Statistical return of the lunatic asylum in Assam - 1912-1932
Year: 1912
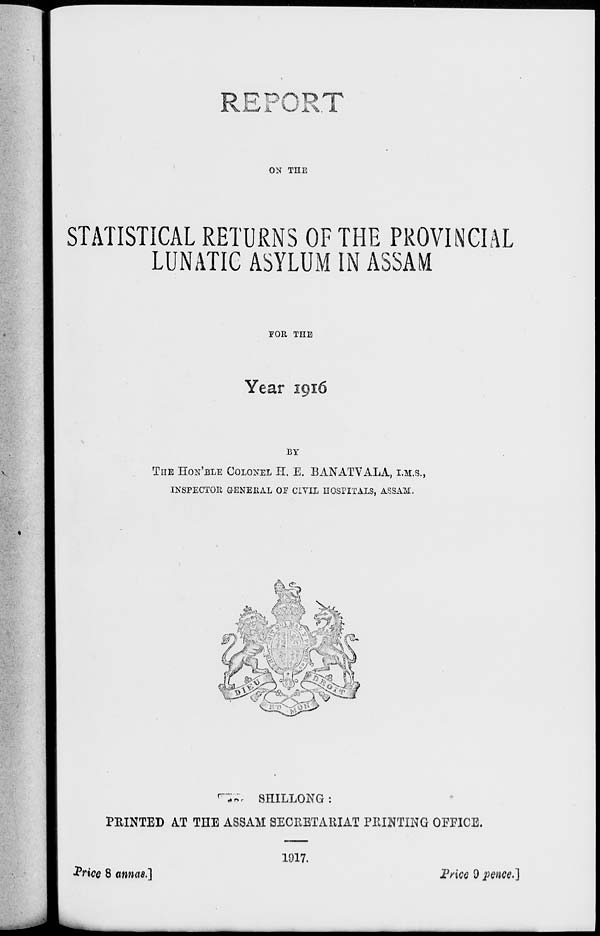
f^k s*\ TQ rr^
ON THE
STATISTICAL RETURNS OF THE PROVINCIAL
LUNATIC ASYLUM IN ASSAM
TOR THE
Year 1916
BY
THE HON'BLE COLONEL H. E. BANATVALA, I.M.S.,
INSPECTOR GENERAL OE CIVIL HOSPITALS, ASSAM.
<£,
•
'■-
;
•/
SSPJ !
**?», 9HILLONG :
PRINTED AT THE ASSAM SECRETARIAT PRINTING OFEICE.
1917.
Frice 8 annas.]
Price 9 pence.]